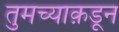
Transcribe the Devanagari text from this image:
तुमच्याक़डून